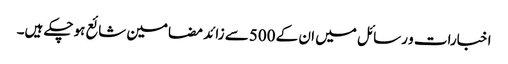
اخبارات و رسائل میں ان کے 500سے زائد مضامین شائع ہوچکے ہیں۔